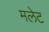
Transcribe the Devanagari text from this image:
मलेट